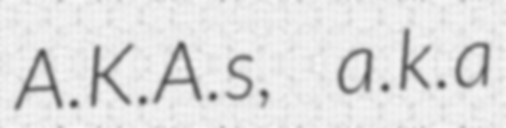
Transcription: A.K.A.s, a.k.a